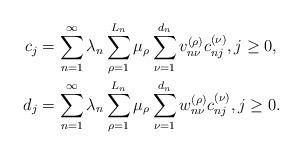
LaTeX: \begin{align*}c_j & = \sum_{n=1}^\infty \lambda_n \sum_{\rho = 1}^{L_n} \mu_\rho \sum_{\nu=1}^{d_n} v_{n\nu}^{(\rho)} c_{nj}^{(\nu)}, j \ge 0 , \\d_j & = \sum_{n=1}^\infty \lambda_n \sum_{\rho = 1}^{L_n} \mu_\rho \sum_{\nu=1}^{d_n} w_{n\nu}^{(\rho)} c_{nj}^{(\nu)}, j \ge 0.\end{align*}